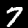
Label: 7